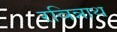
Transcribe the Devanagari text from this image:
रविन्नाथ